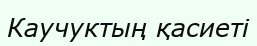
Каучуктың қасиеті